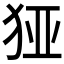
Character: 𰡉